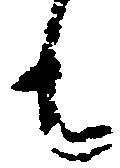
も